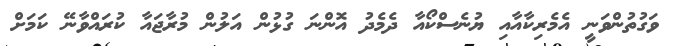
ވަގުތުންވަނީ އެމެރިކާއާއި ޔުނެސްކޯއާ ދެމެދު އޮންނަ ގުޅުން އަލުން މުރާޖައާ ކުރައްވާނޭ ކަމަށް